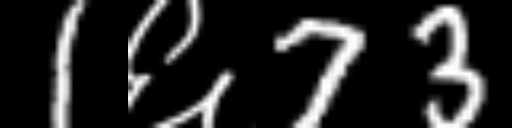
Text: 1६73